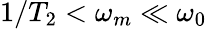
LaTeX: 1/T_{2}<\omega_{m}\ll\omega_{0}